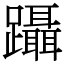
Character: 躡